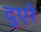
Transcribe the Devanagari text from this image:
दुएरे